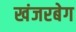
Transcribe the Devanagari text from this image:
खंजरबेग